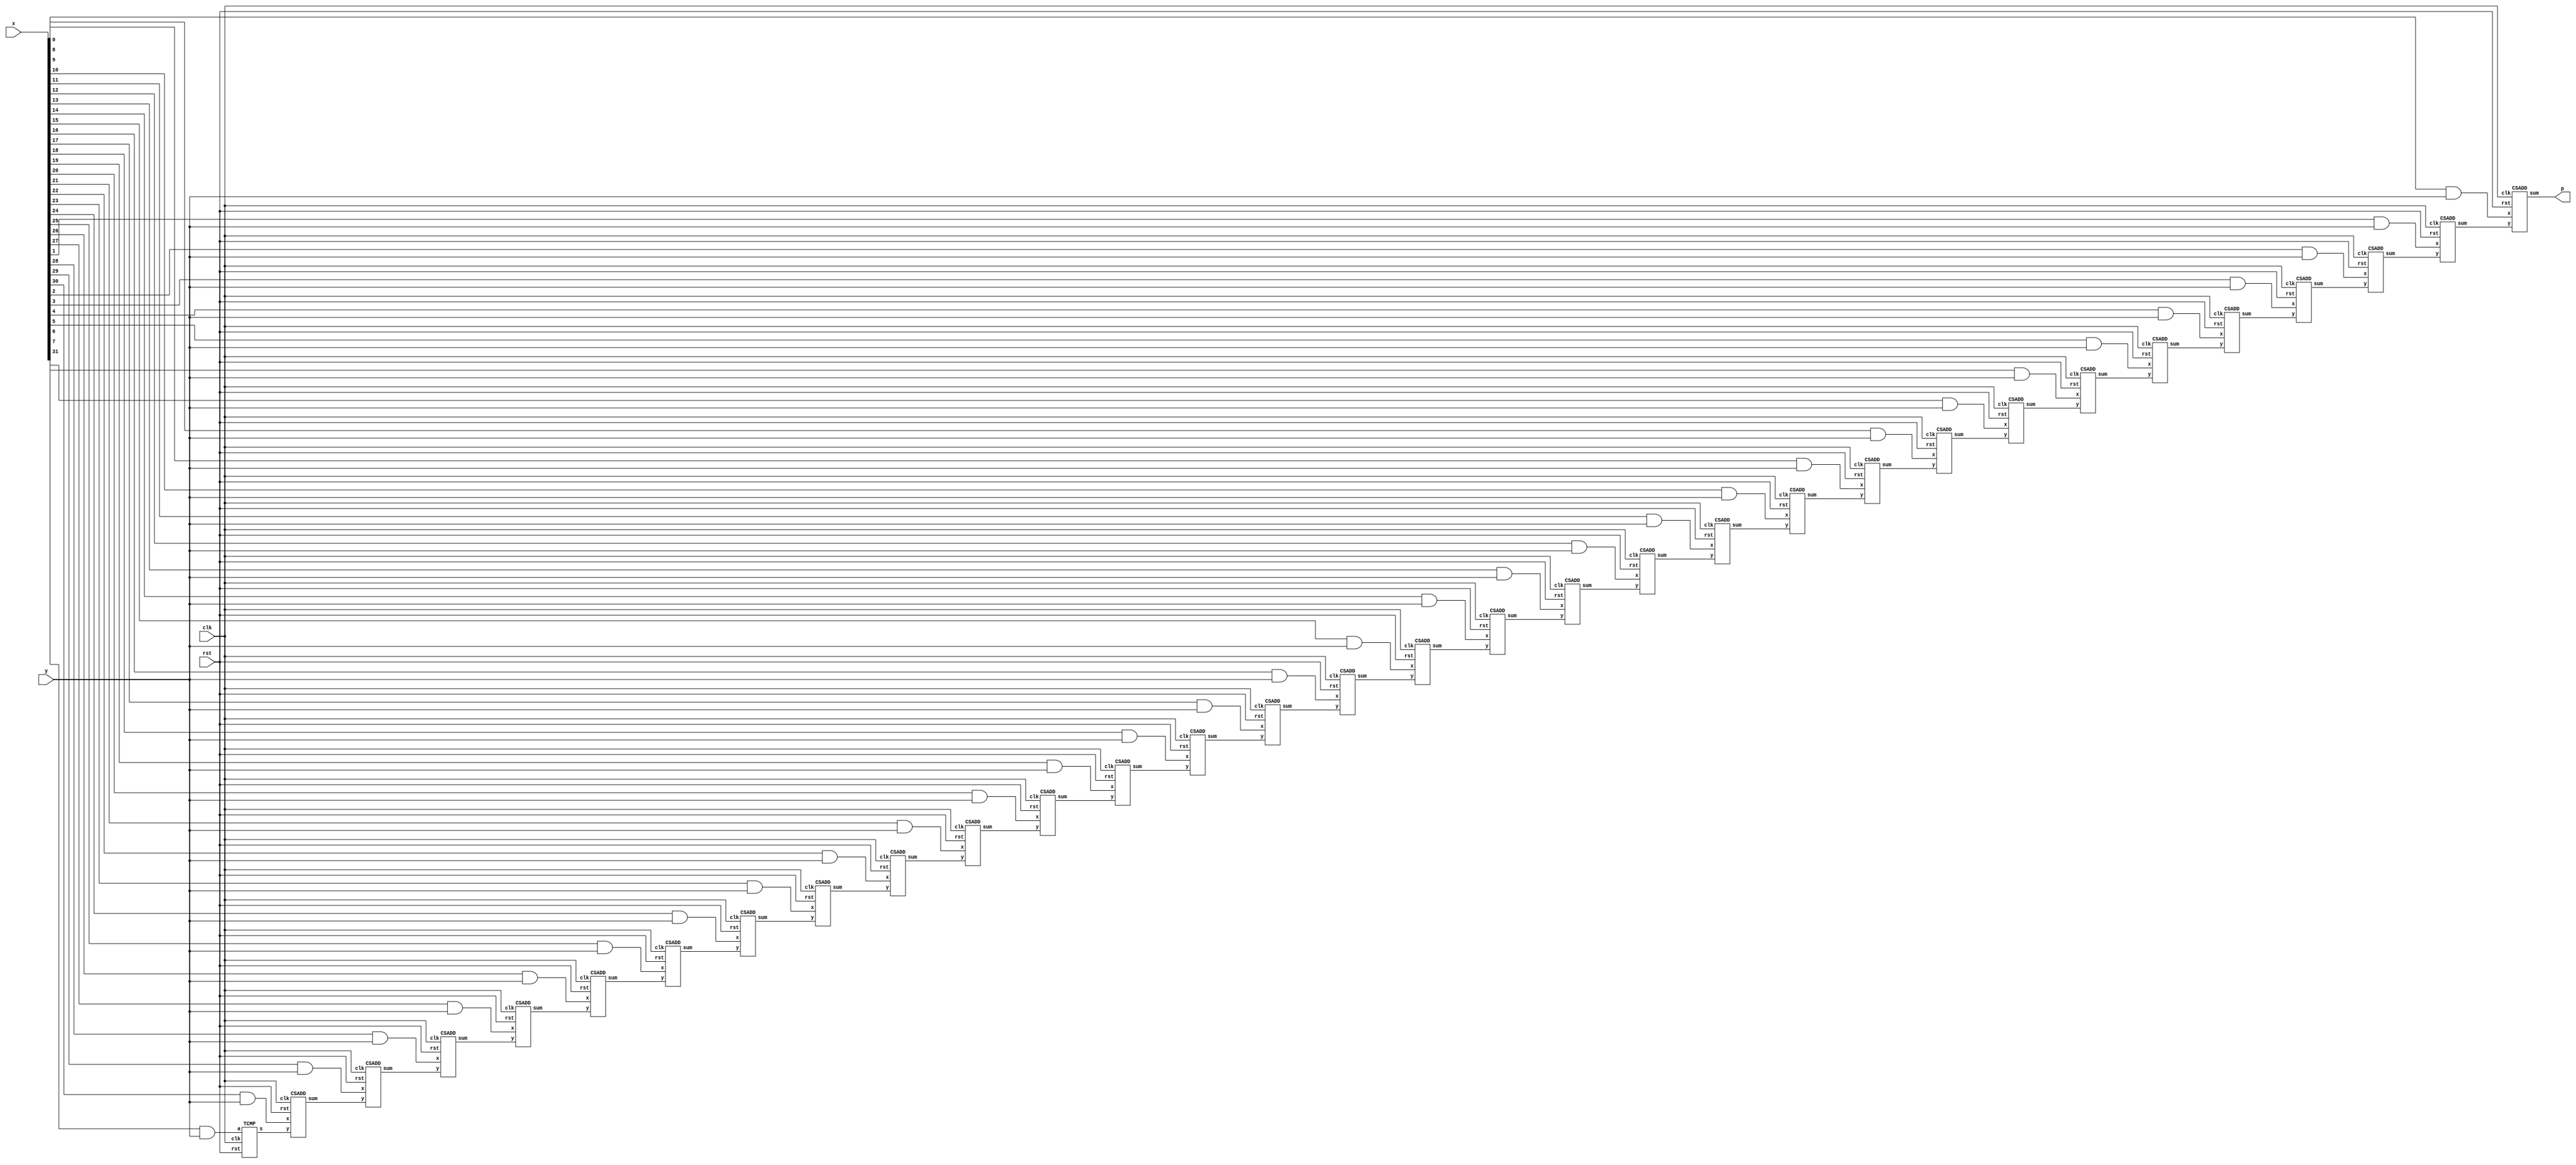
// This program was cloned from: https://github.com/efabless/openlane2-step-unit-tests
// License: Apache License 2.0

// Copyright 2020 Efabless Corporation
//
// Licensed under the Apache License, Version 2.0 (the "License");
// you may not use this file except in compliance with the License.
// You may obtain a copy of the License at
//
//      http://www.apache.org/licenses/LICENSE-2.0
//
// Unless required by applicable law or agreed to in writing, software
// distributed under the License is distributed on an "AS IS" BASIS,
// WITHOUT WARRANTIES OR CONDITIONS OF ANY KIND, either express or implied.
// See the License for the specific language governing permissions and
// limitations under the License.

module spm(clk, rst, x, y, p);
    parameter size = 32;
    input clk, rst;
    input y;
    input[size-1:0] x;
    output p;

    wire[size-1:1] pp;
    wire[size-1:0] xy;

    genvar i;

    CSADD csa0 (.clk(clk), .rst(rst), .x(x[0]&y), .y(pp[1]), .sum(p));
    generate for(i=1; i<size-1; i=i+1) begin
        CSADD csa (.clk(clk), .rst(rst), .x(x[i]&y), .y(pp[i+1]), .sum(pp[i]));
    end endgenerate
    TCMP tcmp (.clk(clk), .rst(rst), .a(x[size-1]&y), .s(pp[size-1]));

endmodule

module TCMP(clk, rst, a, s);
    input clk, rst;
    input a;
    output reg s;

    reg z;

    always @(posedge clk or posedge rst) begin
        if (rst) begin
            //Reset logic goes here.
            s <= 1'b0;
            z <= 1'b0;
        end
        else begin
            //Sequential logic goes here.
            z <= a | z;
            s <= a ^ z;
        end
    end
endmodule

module CSADD(clk, rst, x, y, sum);
    input clk, rst;
    input x, y;
    output reg sum;

    reg sc;

    // Half Adders logic
    wire hsum1, hco1;
    assign hsum1 = y ^ sc;
    assign hco1 = y & sc;

    wire hsum2, hco2;
    assign hsum2 = x ^ hsum1;
    assign hco2 = x & hsum1;

    always @(posedge clk or posedge rst) begin
        if (rst) begin
            //Reset logic goes here.
            sum <= 1'b0;
            sc <= 1'b0;
        end
        else begin
            //Sequential logic goes here.
            sum <= hsum2;
            sc <= hco1 ^ hco2;
        end
    end
endmodule


/*

module spm_tb;

	//Inputs
	reg clk;
	reg rst;
	reg [7: 0] x;

    reg[7:0] Y;
    reg[15:0] P;

	//Outputs
	wire p;

    reg[3:0] cnt;

	//Instantiation of Unit Under Test
	spm #(8) uut (
		.clk(clk),
		.rst(rst),
		.y(Y[0]),
		.x(x),
		.p(p)
	);

    always #5 clk = ~clk;

    always @ (posedge clk)
        if(rst) Y = -50;
        else Y <= {1'b0,Y[7:1]};

    always @ (posedge clk)
        if(rst) P = 0;
        else P <= {p, P[15:1]};

	always @ (posedge clk)
        if(rst) cnt = 0;
        else cnt <= cnt + 1;

	initial begin
	//Inputs initialization
		clk = 0;
		rst = 0;
		x = 50;

	//Reset
		#20 rst = 1;
		#20 rst = 0;
        #1000;
        $finish;
	end

endmodule
*/